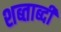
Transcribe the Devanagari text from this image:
शब्ताब्दी